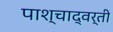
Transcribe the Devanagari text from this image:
पाश्चाद्वर्ती